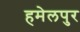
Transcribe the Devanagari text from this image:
हमेलपुर